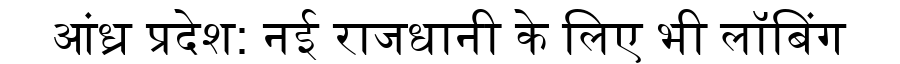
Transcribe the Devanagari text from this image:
आंध्र प्रदेश: नई राजधानी के लिए भी लॉबिंग